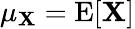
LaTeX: \mathbf{\mu_{X}}=\operatorname{E}[\mathbf{X}]